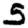
Digit: 5